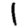
Digit: 1